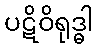
ပဋိဝိရုဒ္ဓါ